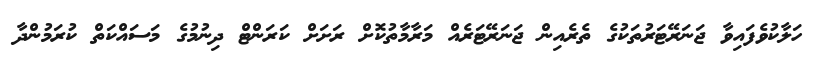
ހަލާކުވެފައިވާ ޖަނަރޭޓަރުތަކުގެ ތެރެއިން ޖަނަރޭޓަރެއް މަރާމާތުކޮށް ރަށަށް ކަރަންޓް ދިނުމުގެ މަސައްކަތް ކުރަމުންދާ